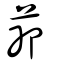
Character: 𦮉